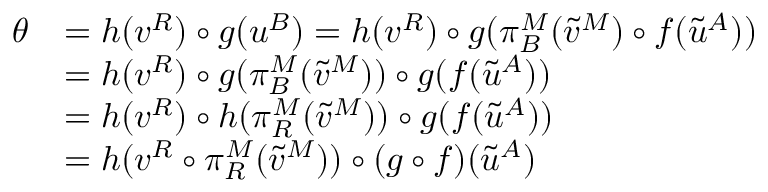
\begin{array} { r l } { \theta } & { = h ( v ^ { R } ) \circ g ( u ^ { B } ) = h ( v ^ { R } ) \circ g ( \pi _ { B } ^ { M } ( \tilde { v } ^ { M } ) \circ f ( \tilde { u } ^ { A } ) ) } \\ & { = h ( v ^ { R } ) \circ g ( \pi _ { B } ^ { M } ( \tilde { v } ^ { M } ) ) \circ g ( f ( \tilde { u } ^ { A } ) ) } \\ & { = h ( v ^ { R } ) \circ h ( \pi _ { R } ^ { M } ( \tilde { v } ^ { M } ) ) \circ g ( f ( \tilde { u } ^ { A } ) ) } \\ & { = h ( v ^ { R } \circ \pi _ { R } ^ { M } ( \tilde { v } ^ { M } ) ) \circ ( g \circ f ) ( \tilde { u } ^ { A } ) } \end{array}